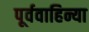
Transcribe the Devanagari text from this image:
पूर्ववाहिन्या